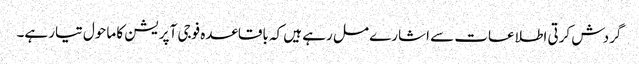
گردش کرتی اطلاعات سے اشارے مل رہے ہیں کہ باقاعدہ فوجی آپریشن کا ماحول تیار ہے۔